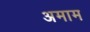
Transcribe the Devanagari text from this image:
अमाम